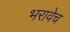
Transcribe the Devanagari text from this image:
भरावेच